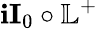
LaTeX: \mathbf{i}\textbf{{I}}_{0}\circ\mathbb{{L}}^{+}